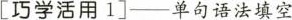
[巧学活用1]——单句语法填空